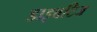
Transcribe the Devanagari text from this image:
डाइबटिज